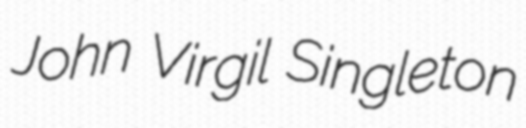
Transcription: John Virgil Singleton